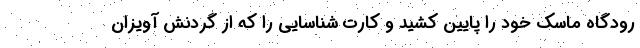
رودگاه ماسک خود را پایین کشید و کارت شناسایی را که از گردنش آویزان